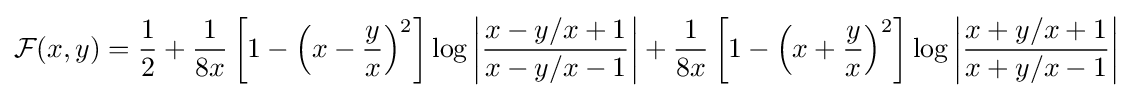
{\mathcal {F}}(x,y)={\frac {1}{2}}+{\frac {1}{8x}}\left[1-\left(x-{\frac {y}{x}}\right)^{2}\right]\log \left|{\frac {x-y/x+1}{x-y/x-1}}\right|+{\frac {1}{8x}}\left[1-\left(x+{\frac {y}{x}}\right)^{2}\right]\log \left|{\frac {x+y/x+1}{x+y/x-1}}\right|